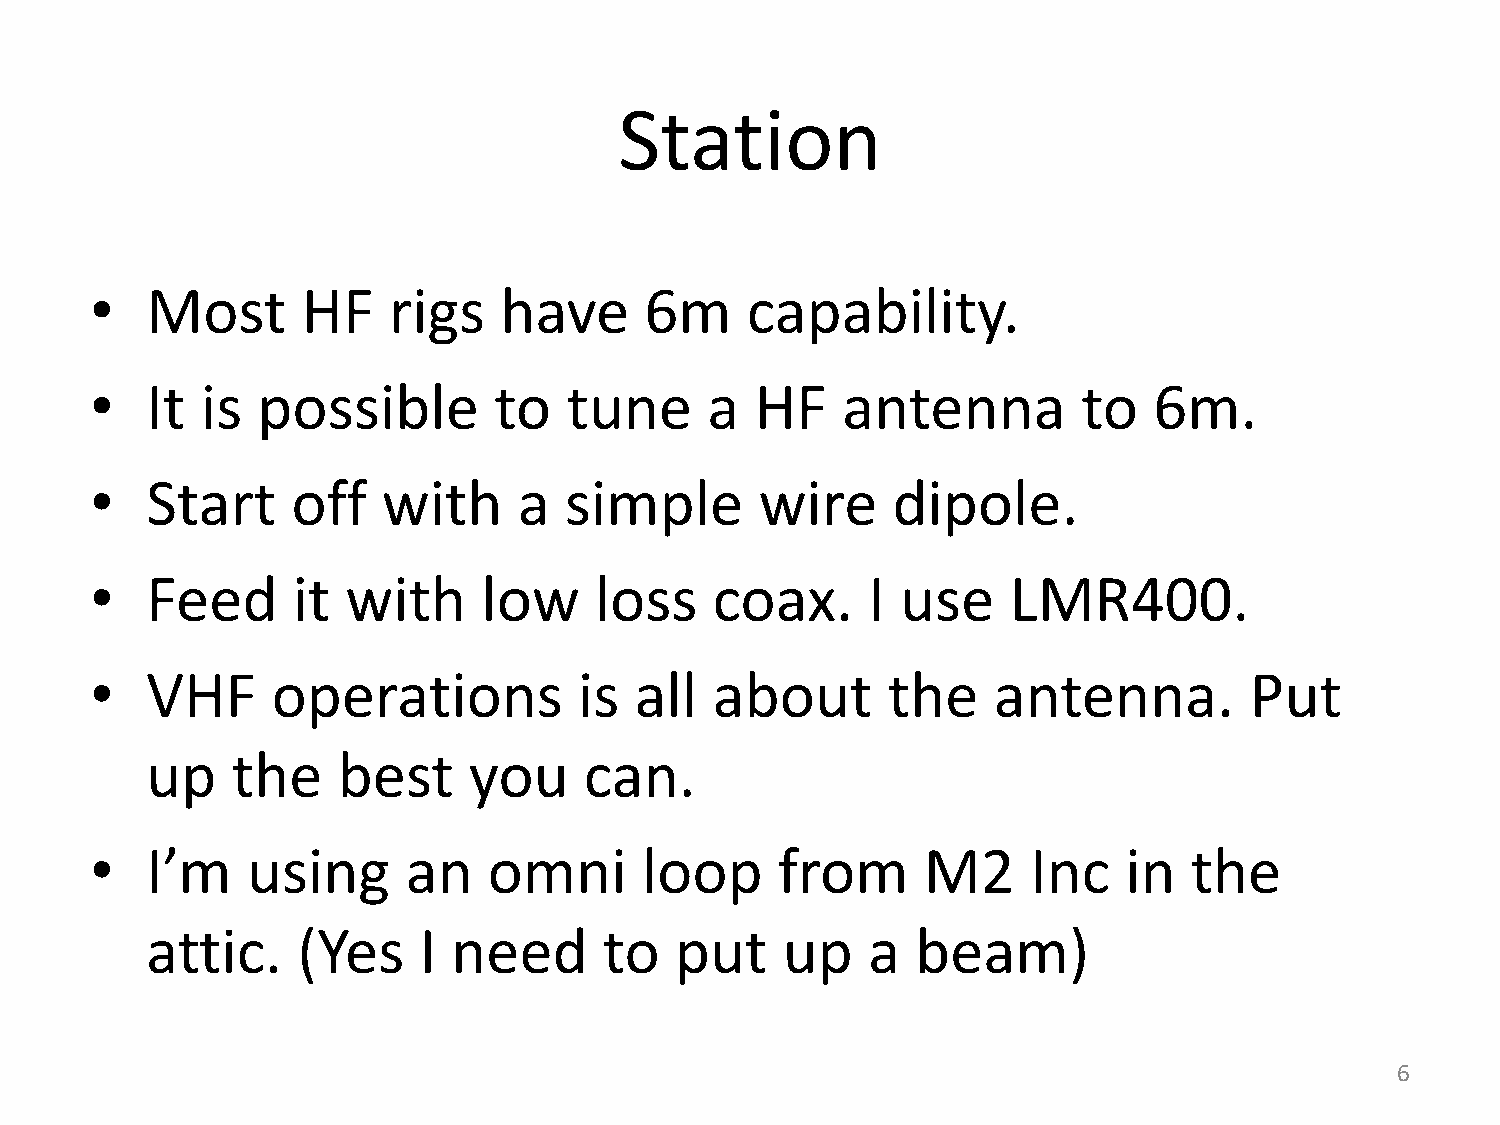
Station
 •   Most      HF    rigs   have      6m    capability.
 •   It is  possible        to   tune     a  HF    antenna         to  6m.
 •   Start    off   with     a  simple       wire     dipole.
 •   Feed     it  with     low    loss    coax.     I  use    LMR400.
 •   VHF     operations          is  all  about       the    antenna.         Put
 up   the    best     you     can.
 •   I’m   using      an   omni      loop     from      M2     Inc   in   the
 attic.    (Yes    I need      to   put    up   a   beam)
 6